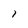
Character: 1